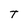
Character: T